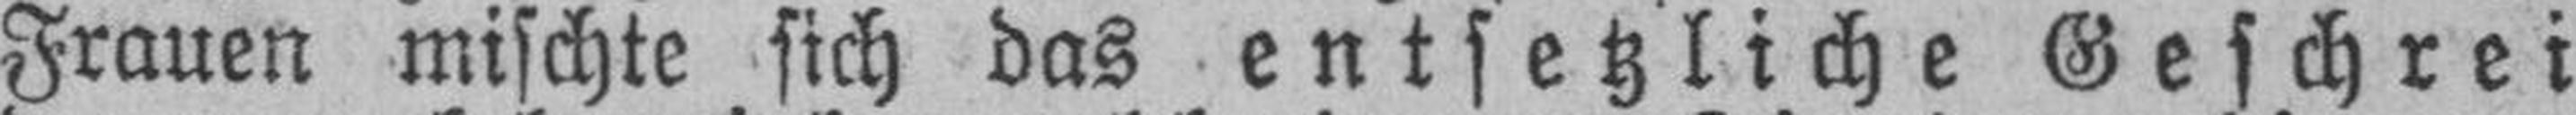
Frauen mischte sich das entsetzliche Geschrei